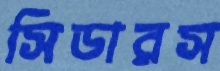
সিডারস